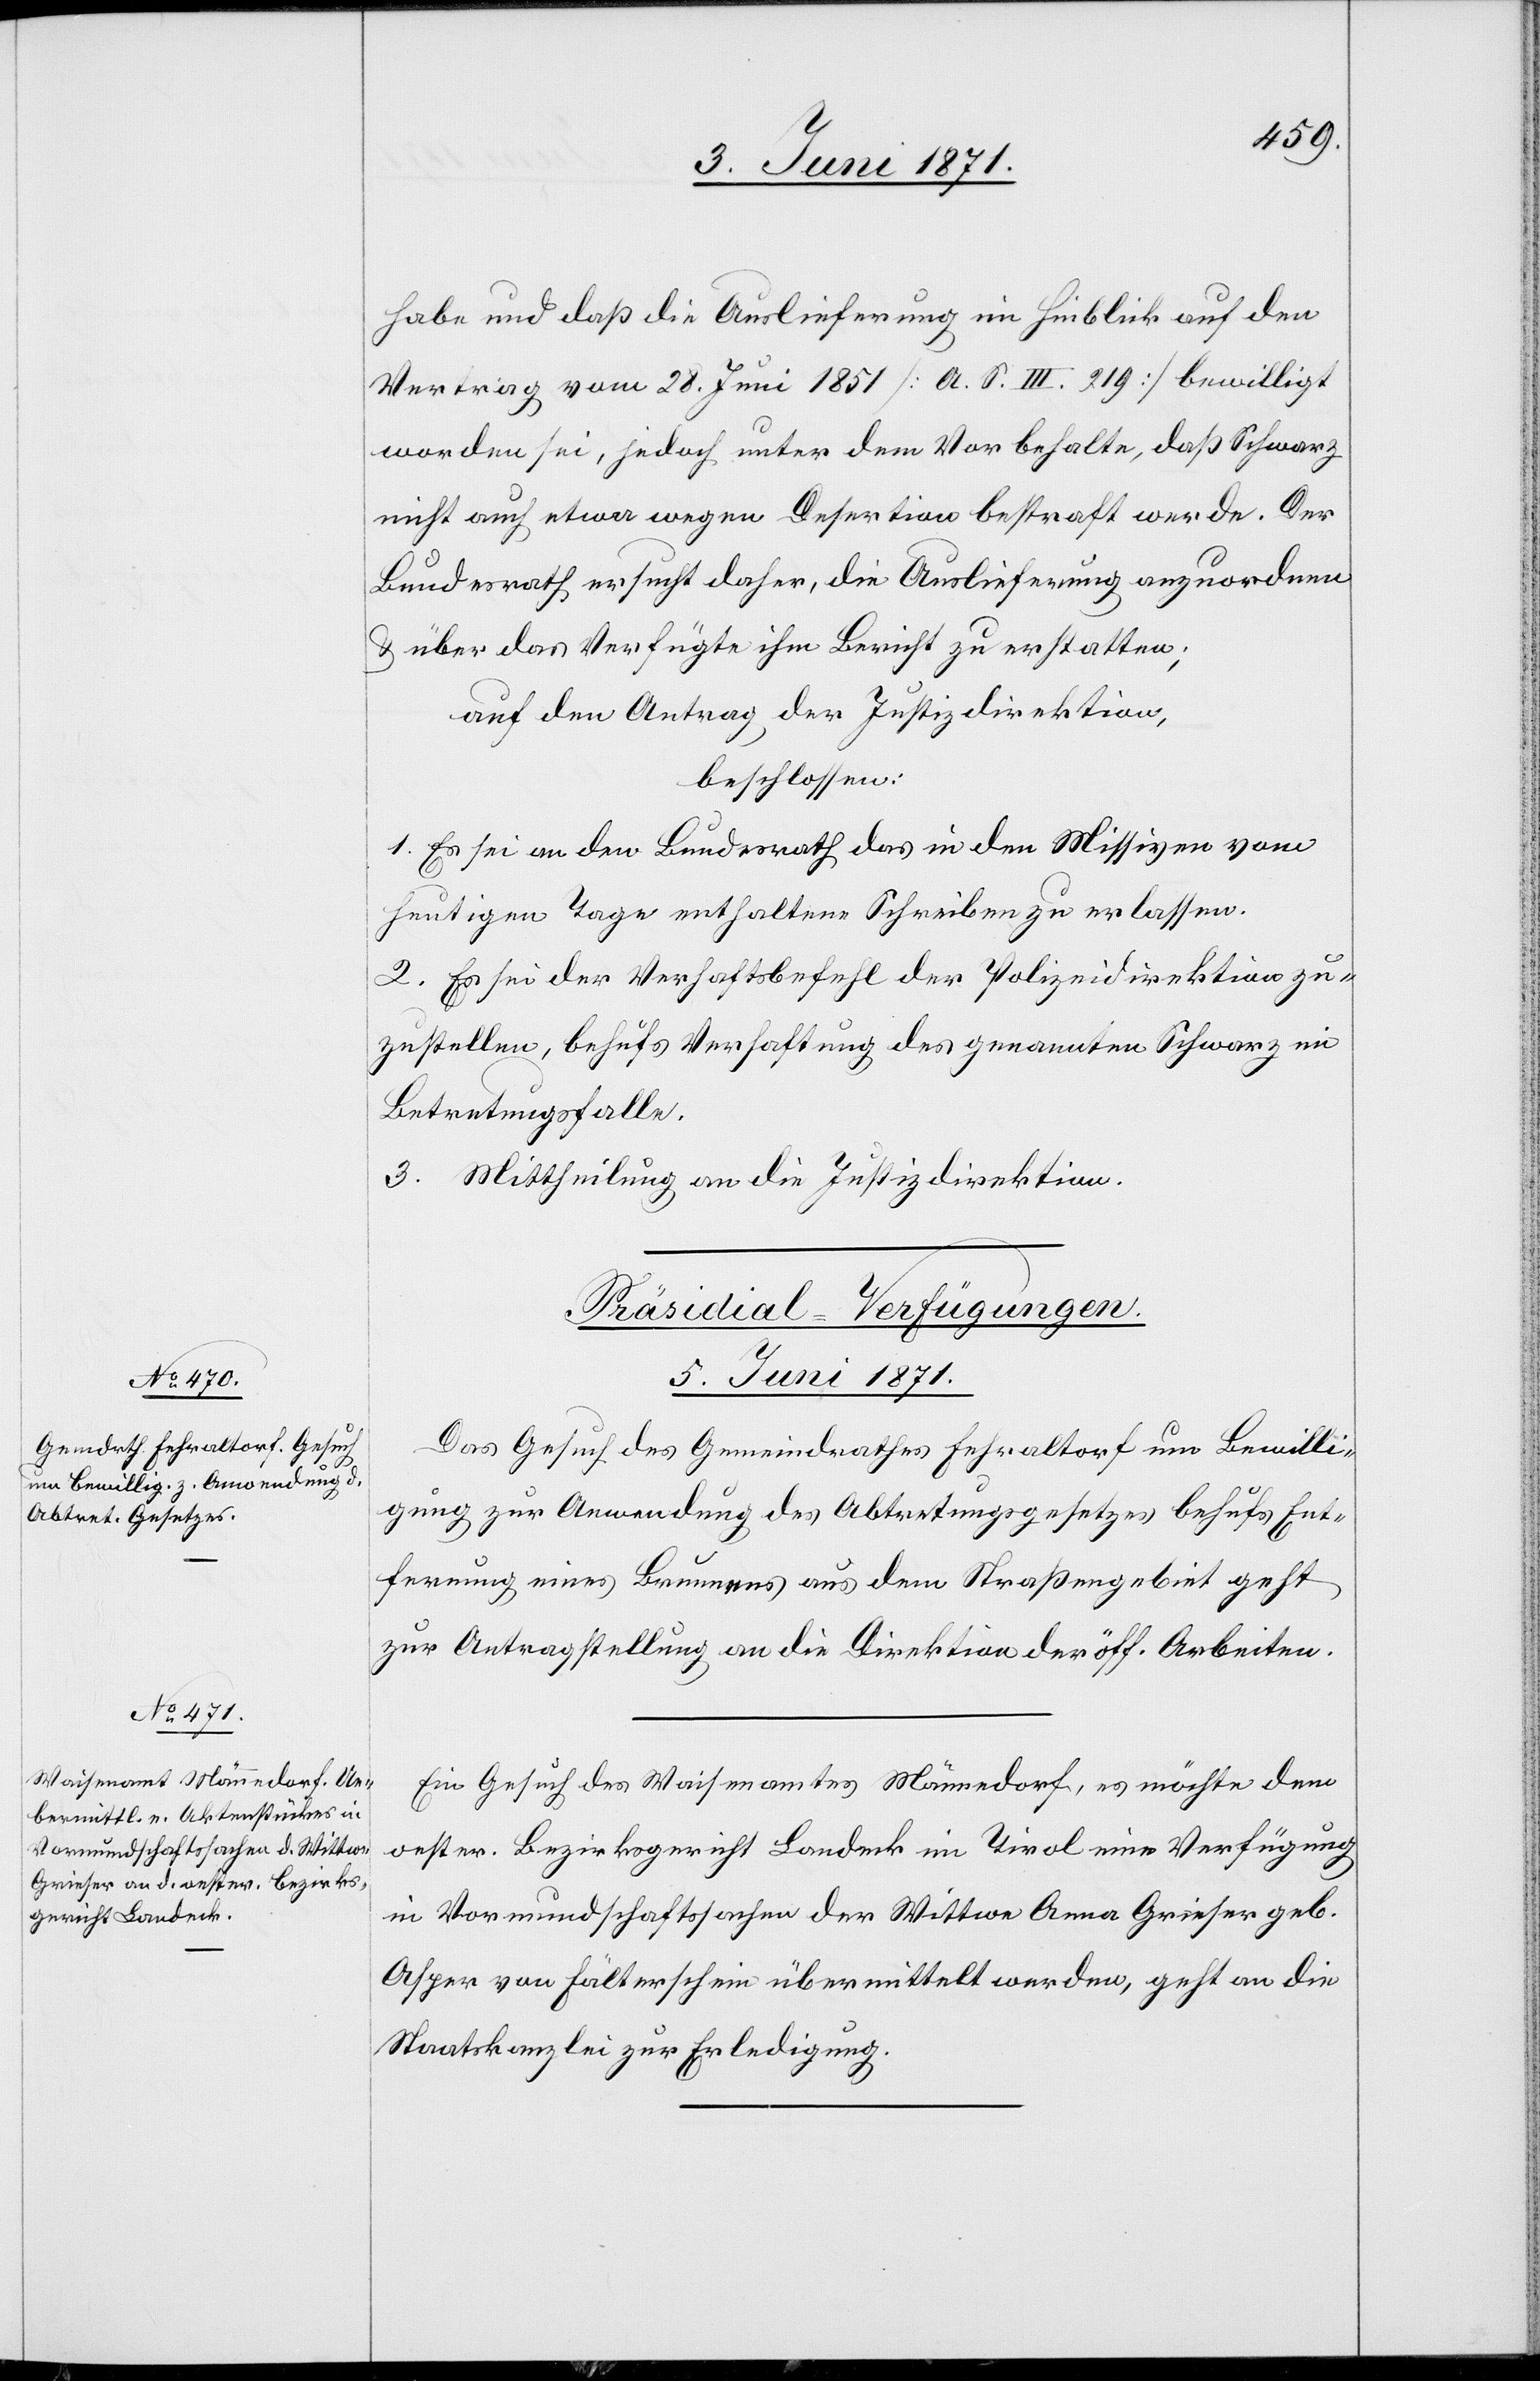
habe und daß die Auslieferung im Hinblick auf den
Vertrag vom 28. Juni 1851 [a. S. III. 219] bewilligt
worden sei, jedoch unter dem Vorbehalte, daß Schwarz
nicht auch etwa wegen Desertion bestraft werde. Der
Bundesrath ersucht daher, die Auslieferung anzuordnen
u. über das Verfügte ihm Bericht zu erstatten;
auf den Antrag der Justizdirektion,
beschlossen:
1. Es sei an den Bundesrath das in den Missiven vom
heutigen Tage enthaltene Schreiben zu erlassen.
2. Es sei der Verhaftsbefehl der Polizeidirektion zu¬
zustellen, behufs Verhaftung des genannten Schwarz im
Betretungsfalle.
3. Mittheilung an die Justizdirektion.
[Präsidial-Verfügungen
5. Juni 1871.]
Das Gesuch des Gemeindrathes Fehraltorf um Bewilli¬
gung zur Anwendung des Abtretungsgesetzes behufs Ent¬
fernung eines Brunnens aus dem Straßengebiet geht
zur Antragstellung an die Direktion der öff. Arbeiten.
Ein Gesuch des Waisenamtes Männedorf, es möchte dem
oester. Bezirksgericht Landeck im Tirol eine Verfügung
in Vormundschaftssachen der Wittwe Anna Grieser geb.
Asper von Fälterschein übermittelt werden, geht an die
Staatskanzlei zur Erledigung.